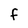
Character: F